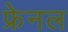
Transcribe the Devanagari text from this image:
फ्रेनल